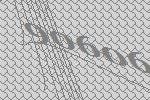
90606